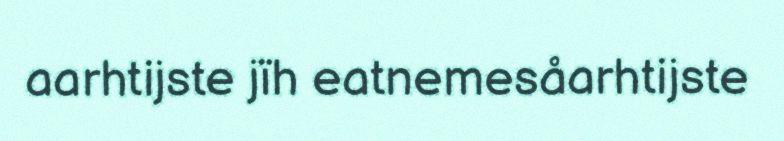
aarhtijste jïh eatnemesåarhtijste